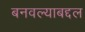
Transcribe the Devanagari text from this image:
बनवल्याबद्दल